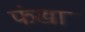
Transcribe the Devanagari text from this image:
फंखा